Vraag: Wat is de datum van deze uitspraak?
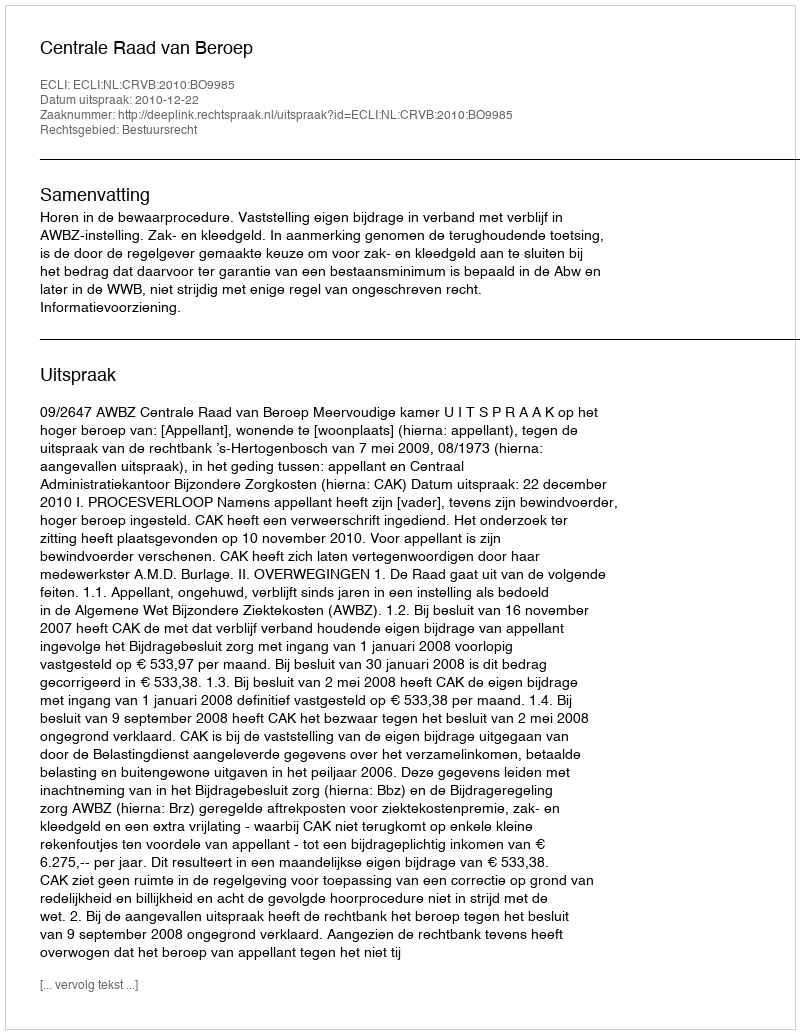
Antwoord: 2010-12-22